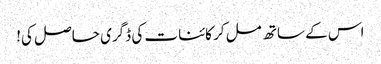
اس کے ساتھ مل کر کائنات کی ڈگری حاصل کی!